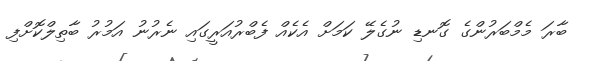
ބާރަ މެމްބަރުންގެ ގޮނޑި ނުގެލޭ ކަމަށް އެކެއް ފެބްރުއަރީގައި ނެރުނު އަމުރު ބާތިލްކޮށްފި